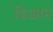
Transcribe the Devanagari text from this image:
डिआन